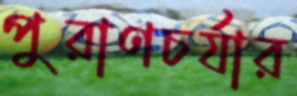
পুরাণচর্যার